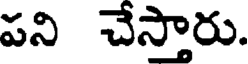
పని చేస్తారు.